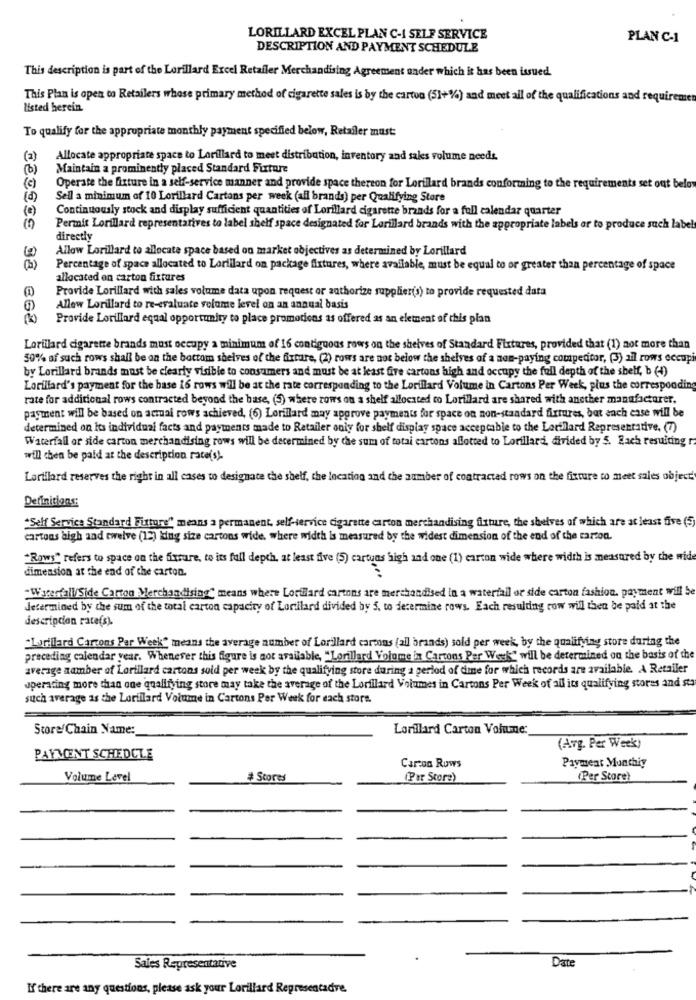
LORILLARD EXCEL PLAN C-1 SELF SERVICE
PLAN C-1
DESCRIPTION AND PAYMENT SCHEDULE
This description is part of the Lorillard Excel Retailer Merchandising Agreement onder which it has been issued.
This Plan is open to Retailers whose primary method of cigarette sales is by the carton (5)+%) and meet all of the qualifications and requiremen
listed herein.
To qualify for the appropriate monthly payment specified below, Retailer must:
(2)
Allocate appropriate space to Lorillard to meet distribution, inventory and sales volume needs.
Maintain a prominently placed Standard Fixture
(c)
Operate the fixture in a self-service manner and provide space thereon for Lorillard brands conforming to the requirements set out beloy
Sell a minimum of 10 Lorillard Cartons per week (all brands) per Qualifying Store
(6)
Continuously stock and display sufficient quantities of Lorillard cigarette brands for a full calendar quarter
Permit Lorillard representatives to label shelf space designated for Lorillard brands with the appropriate labels or to produce such label
directly
Allow Lorillard to allocate space based on market objectives as determined by Lorillard
Percentage of space allocated to Lorillard on package fixtures, where available, must be equal to or greater than percentage of space
allocated on carton fixtures
Provide Lorillard with sales volume data upon request or authorize supplier(s) to provide requested data
Allow Lorillard to re-evaluate volume level on an annual basis
Provide Lorillard equal opportunity to place promotions as offered as an element of this plan
Lorillard cigarette brands must occupy a minimum of 16 contiguous rows on the shelves of Standard Fixtures, provided that (1) not more than
50% of such rows shall be on the bottom shelves of the fixture, (2) rows are not below the shelves of a non-paying competitor, (3) all rows occup
by Lorillard brands must be clearly visible to consumers and must be at least five cartons high and occupy the full depth of the shell, b (-1)
Lorillard's payment for the base i6 rows will be at the rate corresponding to the Lorillard Volume in Cartons Per Week, plus the corresponding
rate for additional rows contracted beyond the base, (5) where rows on a shelf allocated to Lorillard are shared with another manufacturer.
payment will be based on acmai rows achieved, (6) Lorillard may approve payments for space on non-standard fixtures, bat each case will be
determined on Its individual facts and payments made to Retailer only for shelf display space acceptable to the Lorillard Representative, (7)
Waterfall or side carton merchandising rows will be determined by the sum of totai cartons allotted to Lorillard, divided by 5. Each resulting
will then be paid at the description race(s)
Lorillard reserves the right in all cases to designate the shelf, the location and the number of contractad rows on the fixture co meet sales object
Definitions:
"Self Service Standard Futurs" means a permanent, self-service cigarette carton merchandising fixture, the shelves of which are at least five (5)
cartons high and twelve (12) king size cartons wide, where width is measured by the widest dimension of the end of the carson.
"Rows" refers to space on the fixsure, to its full depth, at least five (5) cartuas high and one (1) carton wide where width is measured by the wide
dimension at the end of the carton.
"Waterfall/Side Carton Merchandising" means where Lorillard cartons are merchandised in a waterfall or side carton fashion. payment will be
Jetermined by the sum of the total carton capacity of Lortilard divided by 5. to determine rows. Each resulting row will then be paid at the
descripcion rate(s).
"Lorillard Cartons Per Week" means the average number of Lorillard cartons (all brands) sold per week, by the qualifying store during the
preceding calendar year. Whenever this figure is not available, "Lorillard Volume in Cartons Per Week" will be determined on the basis of the
average namber of Lorillard cartons sold per week by the qualifying store during a period of time for which records are available. A Retailer
uperating more than one qualifying store may take the average of the Lorillard Volumes in Cartons Per Week of all its qualifying stores and sta
such average is the Lorillard Volume in Cartons Per Week for each store.
Store Chain Name:
Lorillard Carton Volume:
(Arg. Per Week)
PAYMENT SCHEDCLE
Carton Rows
Payment Munthiy
Volume Level
# Scores
(Par Store)
(Per Store!
Date
Sales Representative
If there are any questions, please ask your Lorillard Representadre.